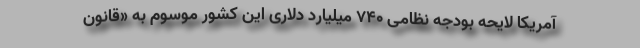
آمریکا لایحه بودجه نظامی ۷۴۰ میلیارد دلاری این کشور موسوم به «قانون